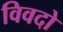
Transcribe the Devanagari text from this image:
विवदो